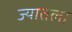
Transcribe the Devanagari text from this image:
ज्यातला